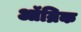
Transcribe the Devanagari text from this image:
ऑन्रिक